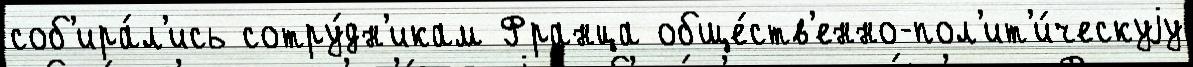
соб'ира́л'ись сотру́дн'икам Франца обще́ств'енно-пол'ит'и́ческуjу